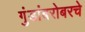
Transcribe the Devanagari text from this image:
गुंडांबरोबरचे